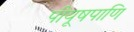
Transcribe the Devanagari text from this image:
पीयूषपाणि